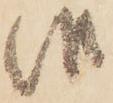
候